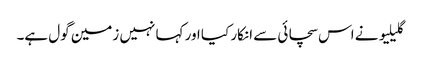
گلیلیو نے اس سچائی سے انکار کیا اور کہا نہیں زمین گول ہے۔